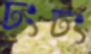
ঢংঢং